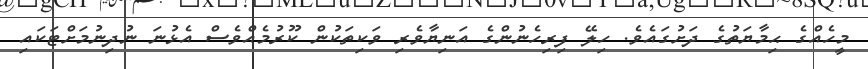
މީހެއްގެ ޙިމާޔަތުގެ ދަށުގައެވެ. ހިލޭ ފިރިހެނުންގެ އަނިޔާވެރި ވަކިތަކުން ކޫރުމެއްވެސް އެޅުނަ ނުދިނުމަށްޓަކައި